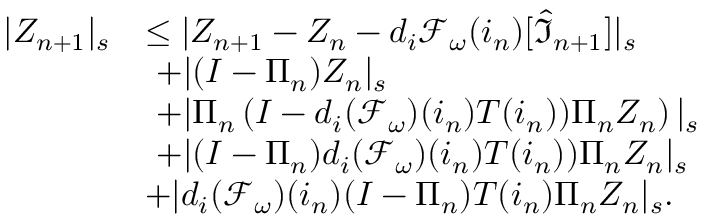
\begin{array} { r l } { | Z _ { n + 1 } | _ { s } } & { \le | Z _ { n + 1 } - Z _ { n } - d _ { i } \mathcal { F } _ { \omega } ( i _ { n } ) [ \widehat { \mathfrak { I } } _ { n + 1 } ] | _ { s } } \\ & { \ + | ( I - \Pi _ { n } ) Z _ { n } | _ { s } } \\ & { \ + | \Pi _ { n } \left( I - d _ { i } ( \mathcal { F } _ { \omega } ) ( i _ { n } ) T ( i _ { n } ) ) \Pi _ { n } Z _ { n } \right) | _ { s } } \\ & { \ + | ( I - \Pi _ { n } ) d _ { i } ( \mathcal { F } _ { \omega } ) ( i _ { n } ) T ( i _ { n } ) ) \Pi _ { n } Z _ { n } | _ { s } } \\ & { + | d _ { i } ( \mathcal { F } _ { \omega } ) ( i _ { n } ) ( I - \Pi _ { n } ) T ( i _ { n } ) \Pi _ { n } Z _ { n } | _ { s } . } \end{array}